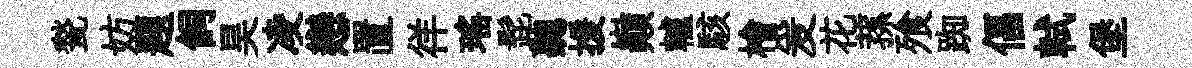
甃妨題飼昊凌戀置徉瑤髭聽援巔轤駭檜爰花蓀飱踟偪軾堡